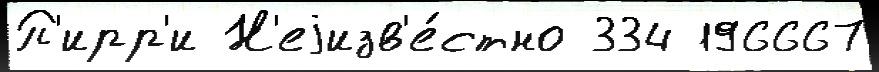
П'ирр'и Н'еjизв'е́стно 334 196667